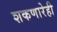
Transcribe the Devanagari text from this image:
शकणारेही